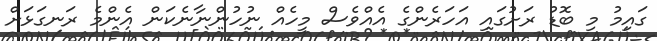
ގައިމު މި ބޮޑު ރަށުގައި އަހަރެންގެ އެއްވެސް މީހެއް ނުހުންނާނެކަން އެންމެ ރަނގަޅަށް